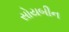
સોયબીન